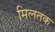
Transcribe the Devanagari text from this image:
मिलतक